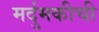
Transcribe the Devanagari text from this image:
मर्दुमकीची